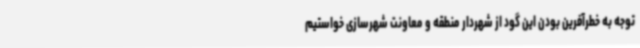
توجه به خطرآفرین بودن این گود از شهردار منطقه و معاونت شهرسازی خواستیم